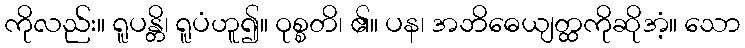
ကိုလည်း။ ရူပန္တိ၊ ရူပံဟူ၍။ ဝုစ္စတိ၊ ၏။ ပန၊ အဘိဓေယျတ္ထကိုဆိုအံ့။ သော